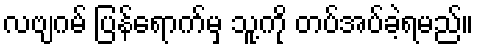
လဗျဂမ် ပြန်ရောက်မှ သူ့ကို တပ်အပ်ခဲ့ရမည်။